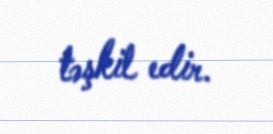
təşkil edir.